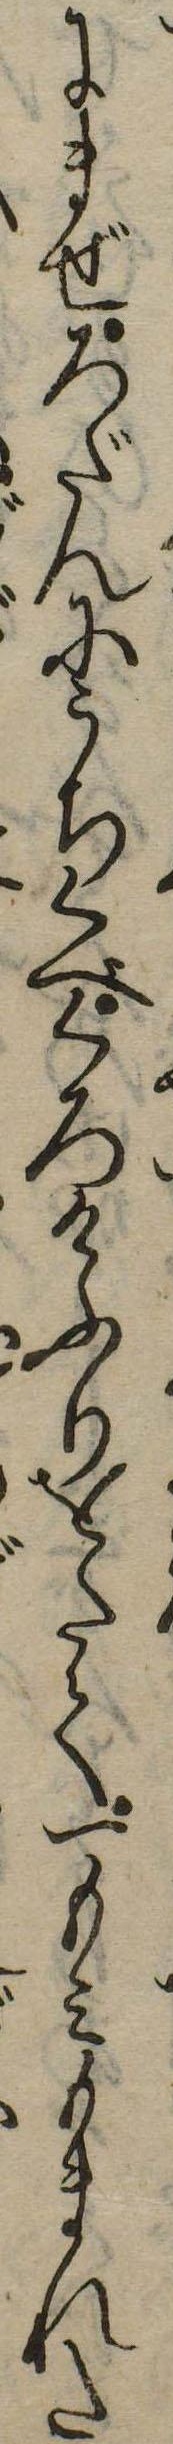
にまぜろだんにうちくべくろけふりをたて一もみもまれた